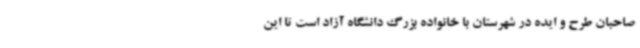
صاحبان طرح و ایده در شهرستان با خانواده بزرگ دانشگاه آزاد است تا این